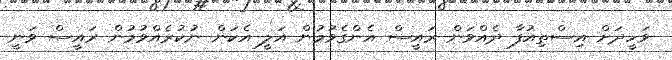
ވަހީދަށް އިސްތިއުފާ ދެއްވަން ރައީސް އެންގެވުމުން އަލީ އެކަން ނުކުރެއްވުމުން ރައީސް ވަނީ